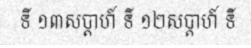
ទី ១៣សប្តាហ៍ ទី ១២សប្តាហ៍ ទី